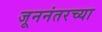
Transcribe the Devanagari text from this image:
जूननंतरच्या